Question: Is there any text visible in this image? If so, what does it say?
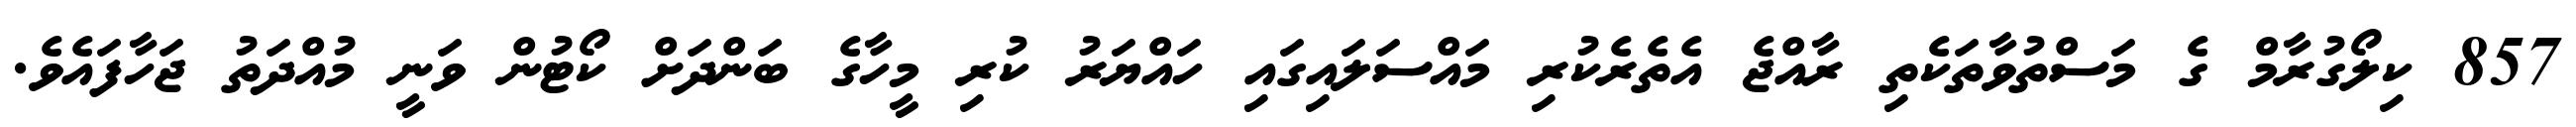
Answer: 857 ކިލޯގުރާމް ގެ މަސްތުވާތަކެތި ރާއްޖެ އެތެރެކުރި މައްސަލައިގައި ހައްޔަރު ކުރި މީހާގެ ބަންދަށް ކޯޓުން ވަނީ މުއްދަތު ޖަހާފައެވެ.